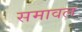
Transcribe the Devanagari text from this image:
समावल